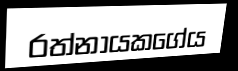
රත්නායකගේය